Source: Handwritten
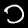
Digit: ၁ (1)